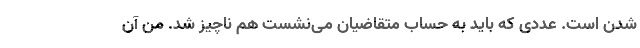
شدن است. عددی که باید به حساب متقاضیان می‌نشست هم ناچیز شد. من آن